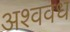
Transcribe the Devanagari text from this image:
अश्ववध